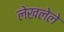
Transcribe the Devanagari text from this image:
लेखलेले